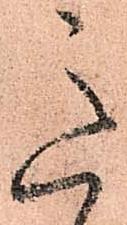
意